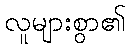
လူများစွာ၏